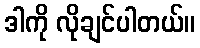
ဒါကို လိုချင်ပါတယ်။